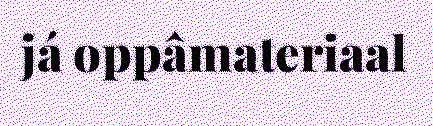
já oppâmateriaal